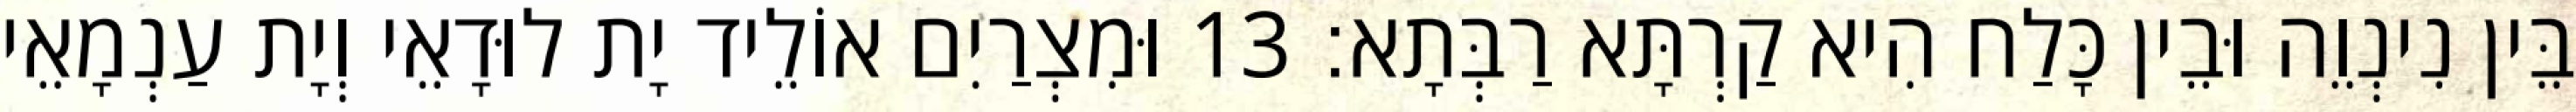
בֵּין נִינְוֵה וּבֵין כָּלַח הִיא קַרְתָּא רַבְּתָא׃ 13 וּמִצְרַיִם אוֹלֵיד יָת לוּדָאֵי וְיָת עַנְמָאֵי